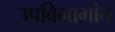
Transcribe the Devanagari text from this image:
उपविभागांत